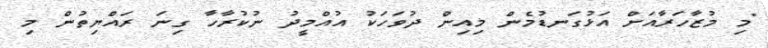
"މި މުޒާހަރާއަށް އަޅުގަނޑުމެން މިއިން ދުވަހަކު އުއްމީދު ނުކުރާހާ ގިނަ ރައްޔިތުން މި